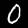
Label: 0